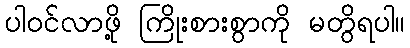
ပါဝင်လာဖို့ ကြိုးစားစွာကို မတွိရပါ။